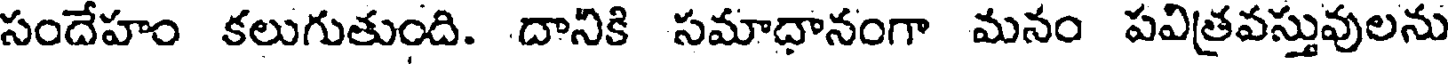
సందేహం కలుగుతుంది. దానికి సమాధానంగా మనం పవిత్రవస్తువులను